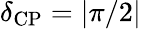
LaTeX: \delta_{\mathrm{CP}}=|\pi/2|